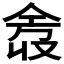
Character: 𫢿